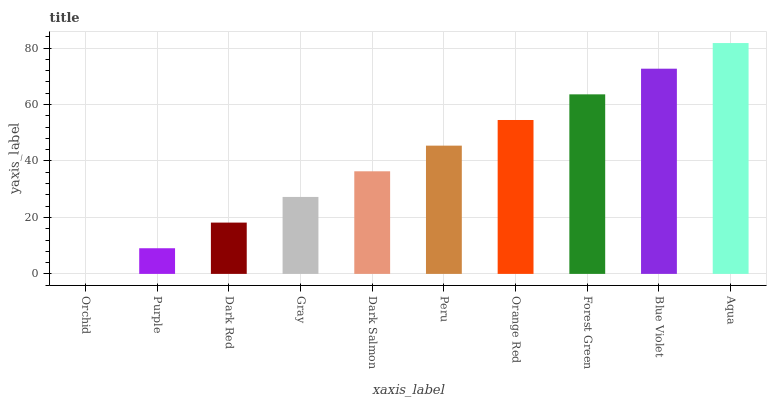
| xaxis_label | bars |
 | --- | --- |
 | Orchid | 0 |
 | Purple | 9.09 |
 | Dark Red | 18.2 |
 | Gray | 27.3 |
 | Dark Salmon | 36.4 |
 | Peru | 45.4 |
 | Orange Red | 54.5 |
 | Forest Green | 63.6 |
 | Blue Violet | 72.7 |
 | Aqua | 81.8 |